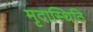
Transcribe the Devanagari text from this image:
मृदास्थिति